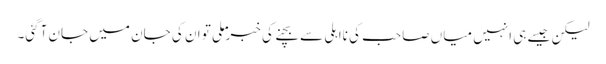
لیکن جیسے ہی انہیں میاں صاحب کی نااہلی سے بچنے کی خبر ملی تو ان کی جان میں جان آگئی۔